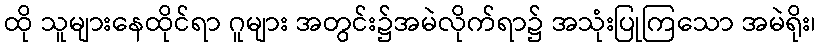
ထို သူများနေထိုင်ရာ ဂူများ အတွင်း၌အမဲလိုက်ရာ၌ အသုံးပြုကြသော အမဲရိုး၊